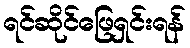
ရင်ဆိုင်ဖြေရှင်းရန်